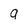
Character: 9